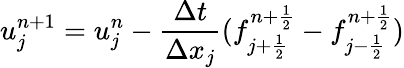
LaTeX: u_{j}^{n+1}=u_{j}^{n}-\frac{\Delta t}{\Delta x_{j}}(f_{{j+\frac{1}{2}}}^{{n+\frac{1}{2}}}-f_{{j-\frac{1}{2}}}^{{n+\frac{1}{2}}})